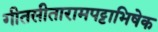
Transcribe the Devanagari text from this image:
गीतसीतारामपट्टाभिषेक